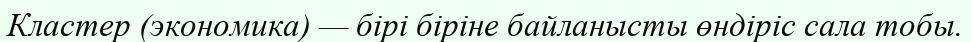
Кластер (экономика) — бірі біріне байланысты өндіріс сала тобы.